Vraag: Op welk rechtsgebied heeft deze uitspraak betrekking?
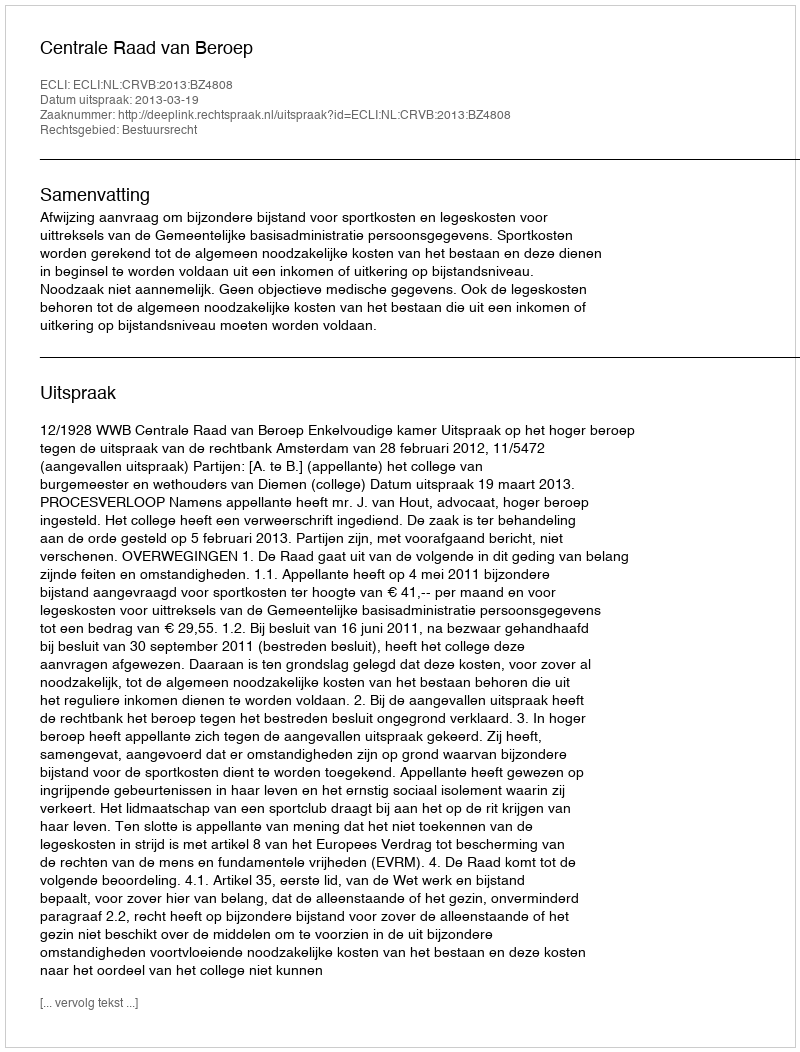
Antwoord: Bestuursrecht